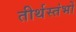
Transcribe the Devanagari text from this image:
तीर्थस्तंभों